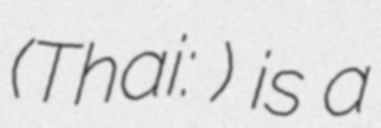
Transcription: (Thai: สถานีรถไฟโคกกรวด) is a